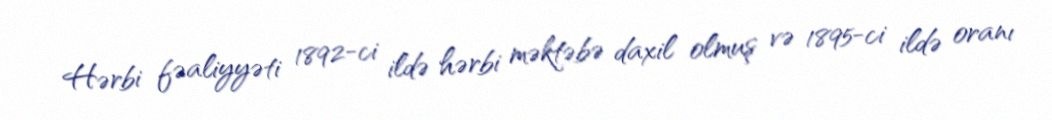
Hərbi fəaliyyəti 1892-ci ildə hərbi məktəbə daxil olmuş və 1895-ci ildə oranı